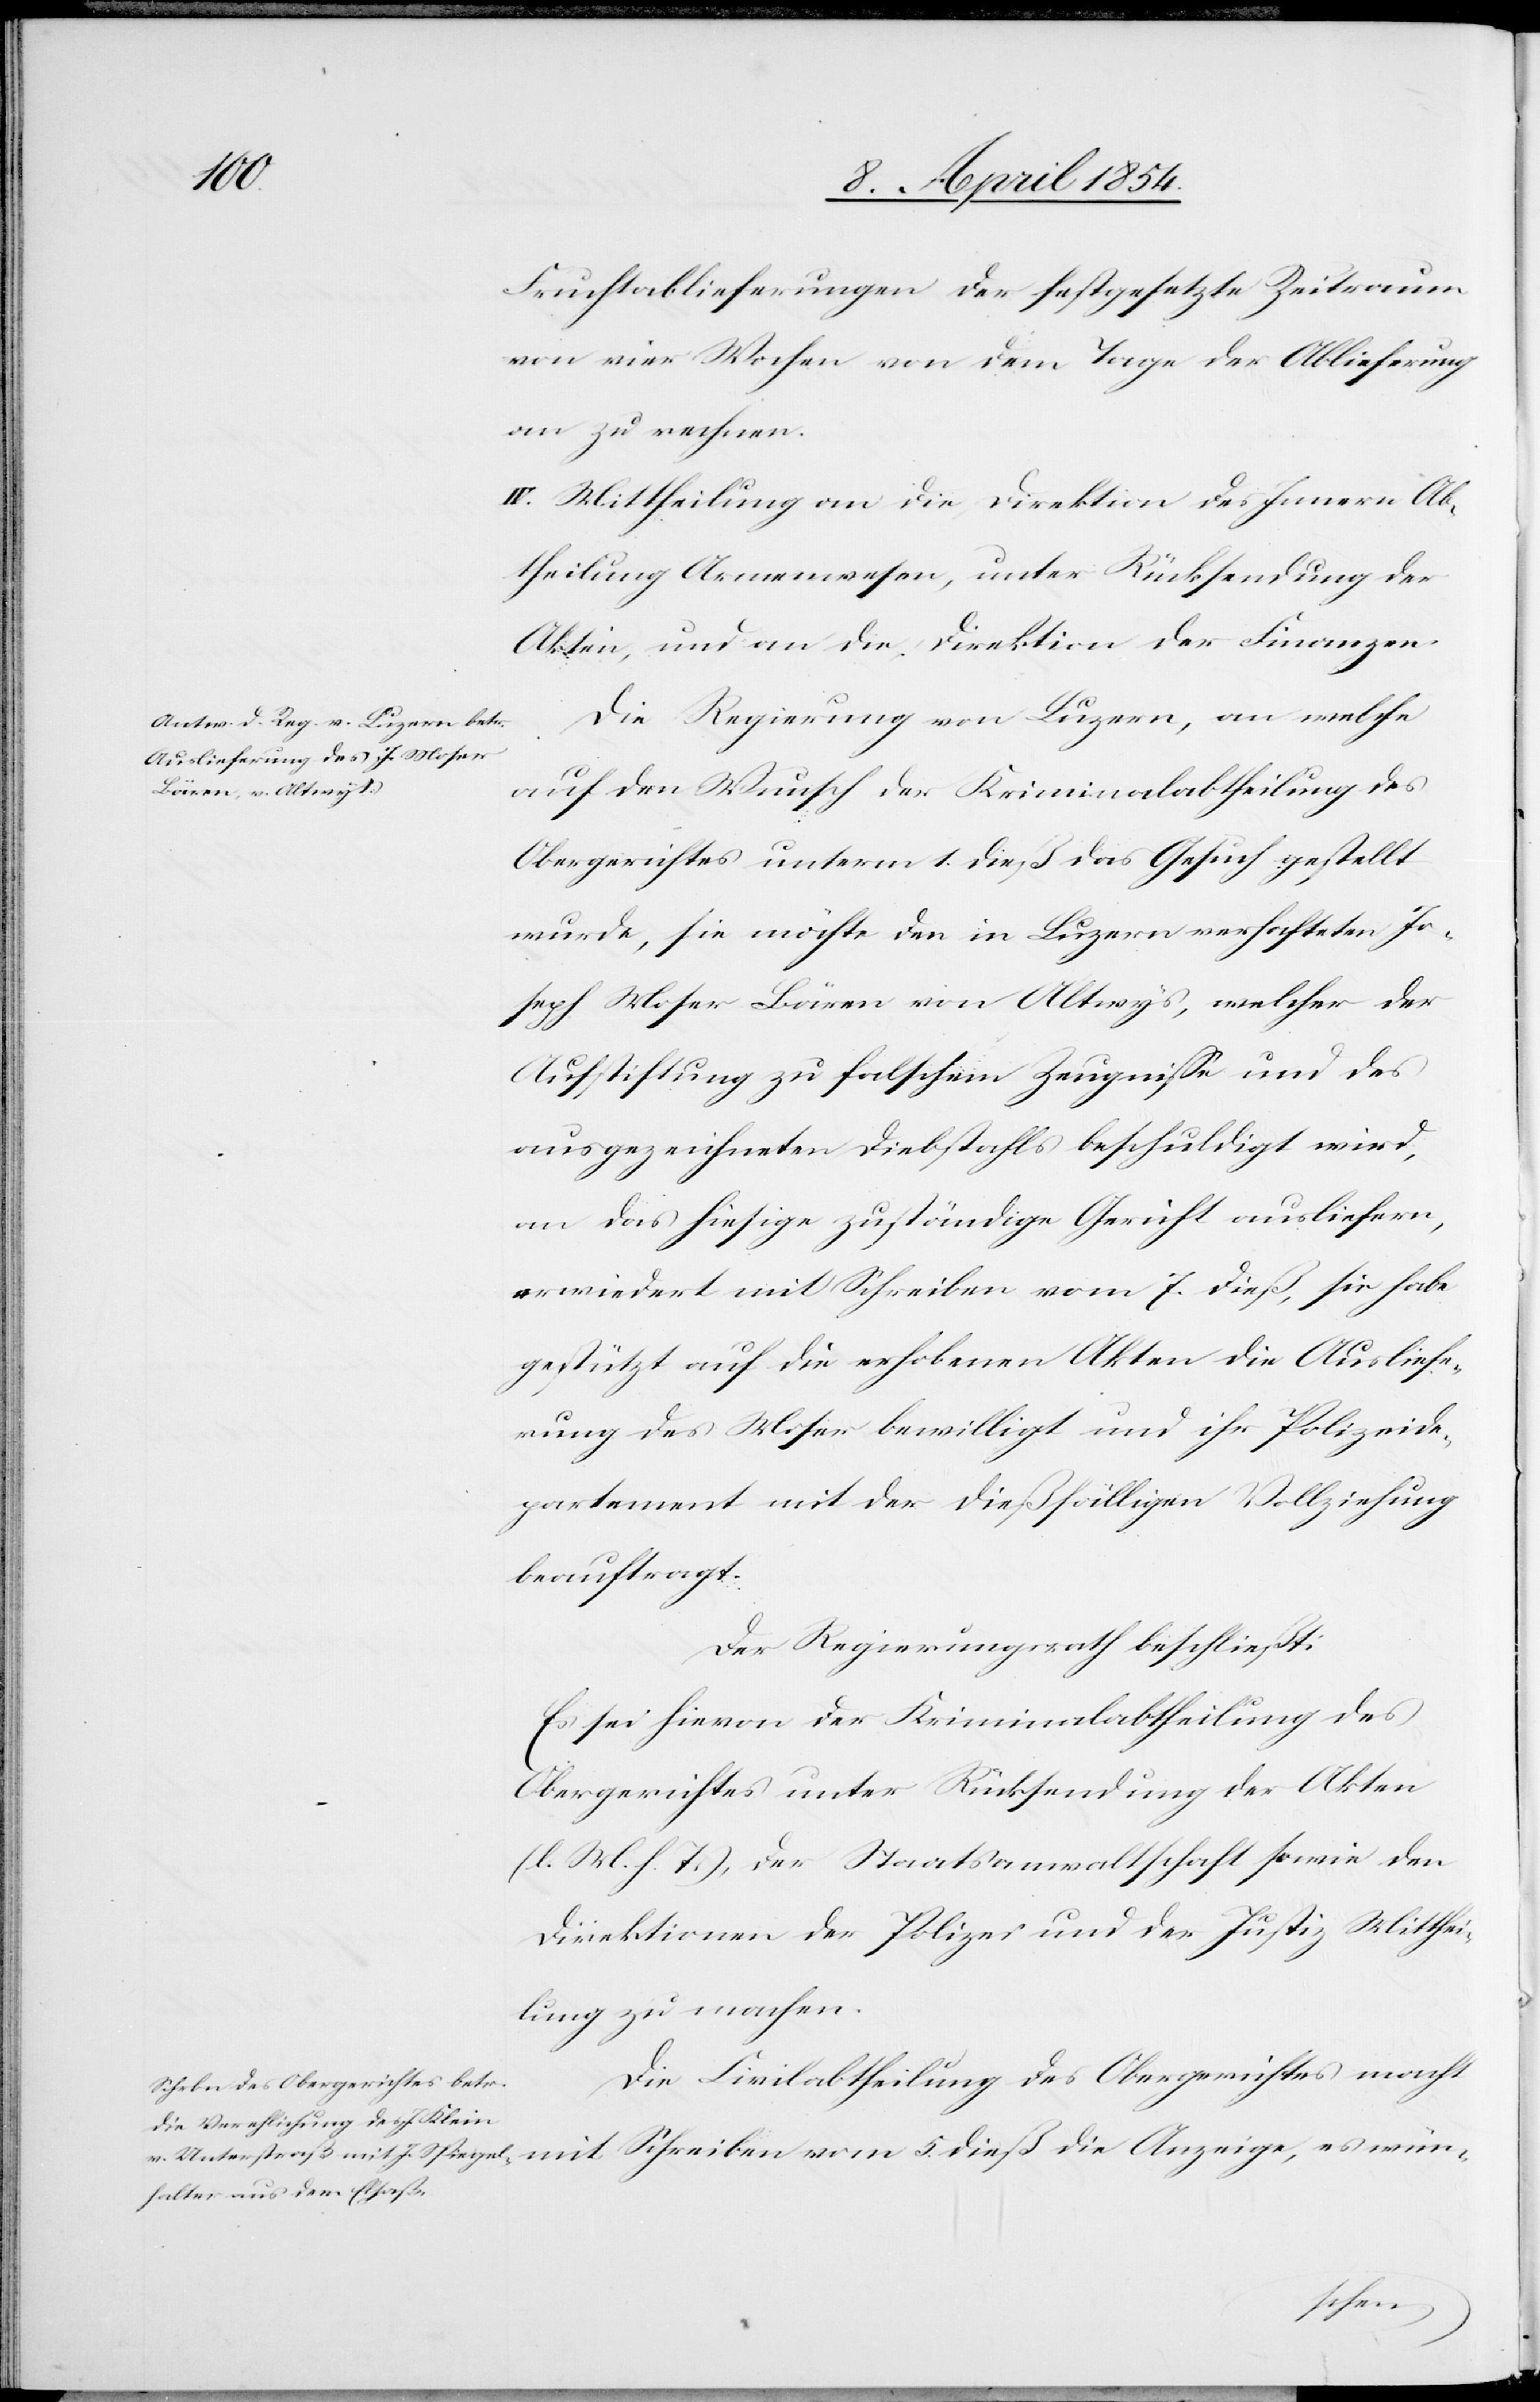
Fruchtablieferungen der festgesetzte Zeitraum
von vier Wochen von dem Tage der Ablieferung
an zu rechnen.
IV. Mittheilung an die Direktion des Innern Ab¬
theilung Armenwesen, unter Rücksendung der
Akten, und an die Direktion der Finanzen.
Die Regierung von Luzern, an welche
auf den Wunsch der Kriminalabtheilung des
Obergerichtes unterm 1. dieß das Gesuch gestellt
wurde, sie möchte den in Luzern verhafteten Jo¬
seph Moser Bären von Altwys, welcher der
Anstiftung zu falschem Zeugniße und des
ausgezeichneten Diebstahls beschuldigt wird,
an das hiesige zuständige Gericht ausliefern,
erwiedert mit Schreiben vom 7. dieß, sie habe
gestützt auf die erhobenen Akten die Ausliefe¬
rung des Moser bewilligt und ihr Polizeide¬
partement mit der dießfälligen Vollziehung
beauftragt.
Der Regierungsrath beschließt:
Es sei hievon der Kriminalabtheilung des
Obergerichtes unter Rücksendung der Akten
(l. M. h. T.), der Staatsanwaltschaft sowie den
Direktionen der Polizei und der Justiz Mitthei¬
lung zu machen.
Die Civilabtheilung des Obergerichtes macht
wün-